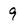
Character: 9